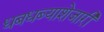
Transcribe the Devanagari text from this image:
धबधब्याशेजारी